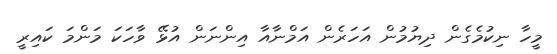
މީހާ ނިކުމެގެން ދިޔުމުން އަހަރެން އަމްނާއާ އިންނަން އުޅޭ ވާހަކަ މަންމަ ކައިރީ